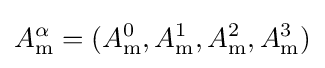
A_{\mathrm {m} }^{\alpha }=(A_{\mathrm {m} }^{0},A_{\mathrm {m} }^{1},A_{\mathrm {m} }^{2},A_{\mathrm {m} }^{3})